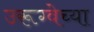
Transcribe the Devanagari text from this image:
उरूग्वेच्या